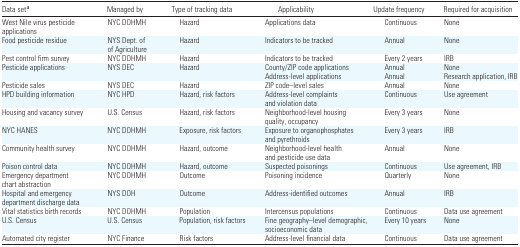
| Data seta | Managed by | Type of tracking data | Applicability | Update frequency | Required for acquisition |
 | --- | --- | --- | --- | --- | --- |
 | West Nile virus pesticide applications | NYC DOHMH | Hazard | Applications data | Continuous | None |
 | Food pesticide residue | NYS Dept. of of Agriculture | Hazard | Indicators to be tracked | Annual | None |
 | Pest control firm survey | NYC DOHMH | Hazard | Indicators to be tracked | Every 2 years | IRB |
 | Pesticide applications | NYS DEC | Hazard | County/ZIP code applications | Annual | None |
 |  |  |  | Address-level applications | Annual | Research application, IRB |
 | Pesticide sales | NYS DEC | Hazard | ZIP code–level sales | Annual | None |
 | HPD building information | NYC HPD | Hazard, risk factors | Address-level complaints and violation data | Continuous | Use agreement |
 | Housing and vacancy survey | U.S. Census | Hazard, risk factors | Neighborhood-level housing quality, occupancy | Every 3 years | None |
 | NYC HANES | NYC DOHMH | Exposure, risk factors | Exposure to organophosphates and pyrethroids | Every 3 years | IRB |
 | Community health survey | NYC DOHMH | Hazard, outcome | Neighborhood-level health and pesticide use data | Annual | None |
 | Poison control data | NYC DOHMH | Hazard, outcome | Suspected poisonings | Continuous | Use agreement, IRB |
 | Emergency department chart abstraction | NYC DOHMH | Outcome | Poisoning incidence | Quarterly | None |
 | Hospital and emergency department discharge data | NYS DOH | Outcome | Address-identified outcomes | Annual | IRB |
 | Vital statistics birth records | NYC DOHMH | Population | Intercensus populations | Continuous | Data use agreement |
 | U.S. Census | U.S. Census | Population, risk factors | Fine geography–level demographic, socioeconomic data | Every 10 years | None |
 | Automated city register | NYC Finance | Risk factors | Address-level financial data | Continuous | Data use agreement |